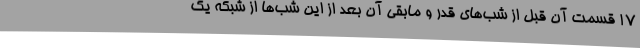
۱۷ قسمت آن قبل از شب‌های قدر و مابقی آن بعد از این شب‌ها از شبکه یک